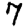
Digit: 7